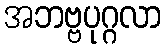
အဘဗ္ဗပုဂ္ဂလာ